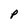
Character: p